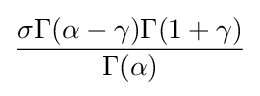
{\frac {\sigma \Gamma (\alpha -\gamma )\Gamma (1+\gamma )}{\Gamma (\alpha )}}